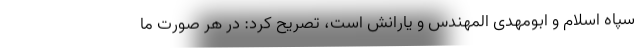
سپاه اسلام و ابومهدی المهندس و یارانش است، تصریح کرد: در هر صورت ما